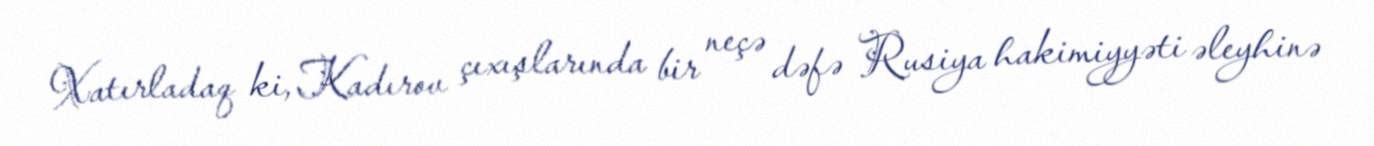
Xatırladaq ki, Kadırov çıxışlarında bir neçə dəfə Rusiya hakimiyyəti əleyhinə